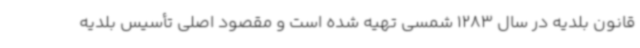
قانون بلدیه در سال 1283 شمسی تهیه شده است و مقصود اصلی تأسیس بلدیه